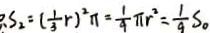
S _ { 2 } = ( \frac { 1 } { 3 } r ) ^ { 2 } \pi = \frac { 1 } { 4 } \pi r ^ { 2 } = \frac { 1 } { 9 } S _ { 0 }